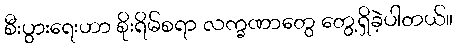
စီးပွားရေးဟာ စိုးရိမ်စရာ လက္ခဏာတွေ တွေ့ရှိခဲ့ပါတယ်။